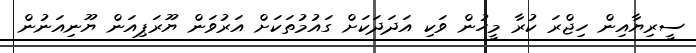
ސީރިޔާއިން ހިޖްރަ ކުރާ މީހުން ވަކި އަދަދަކަށް ގައުމުތަކަށް އަރުވަން ޔޫރަޕިއަން ޔޫނިއަނުން